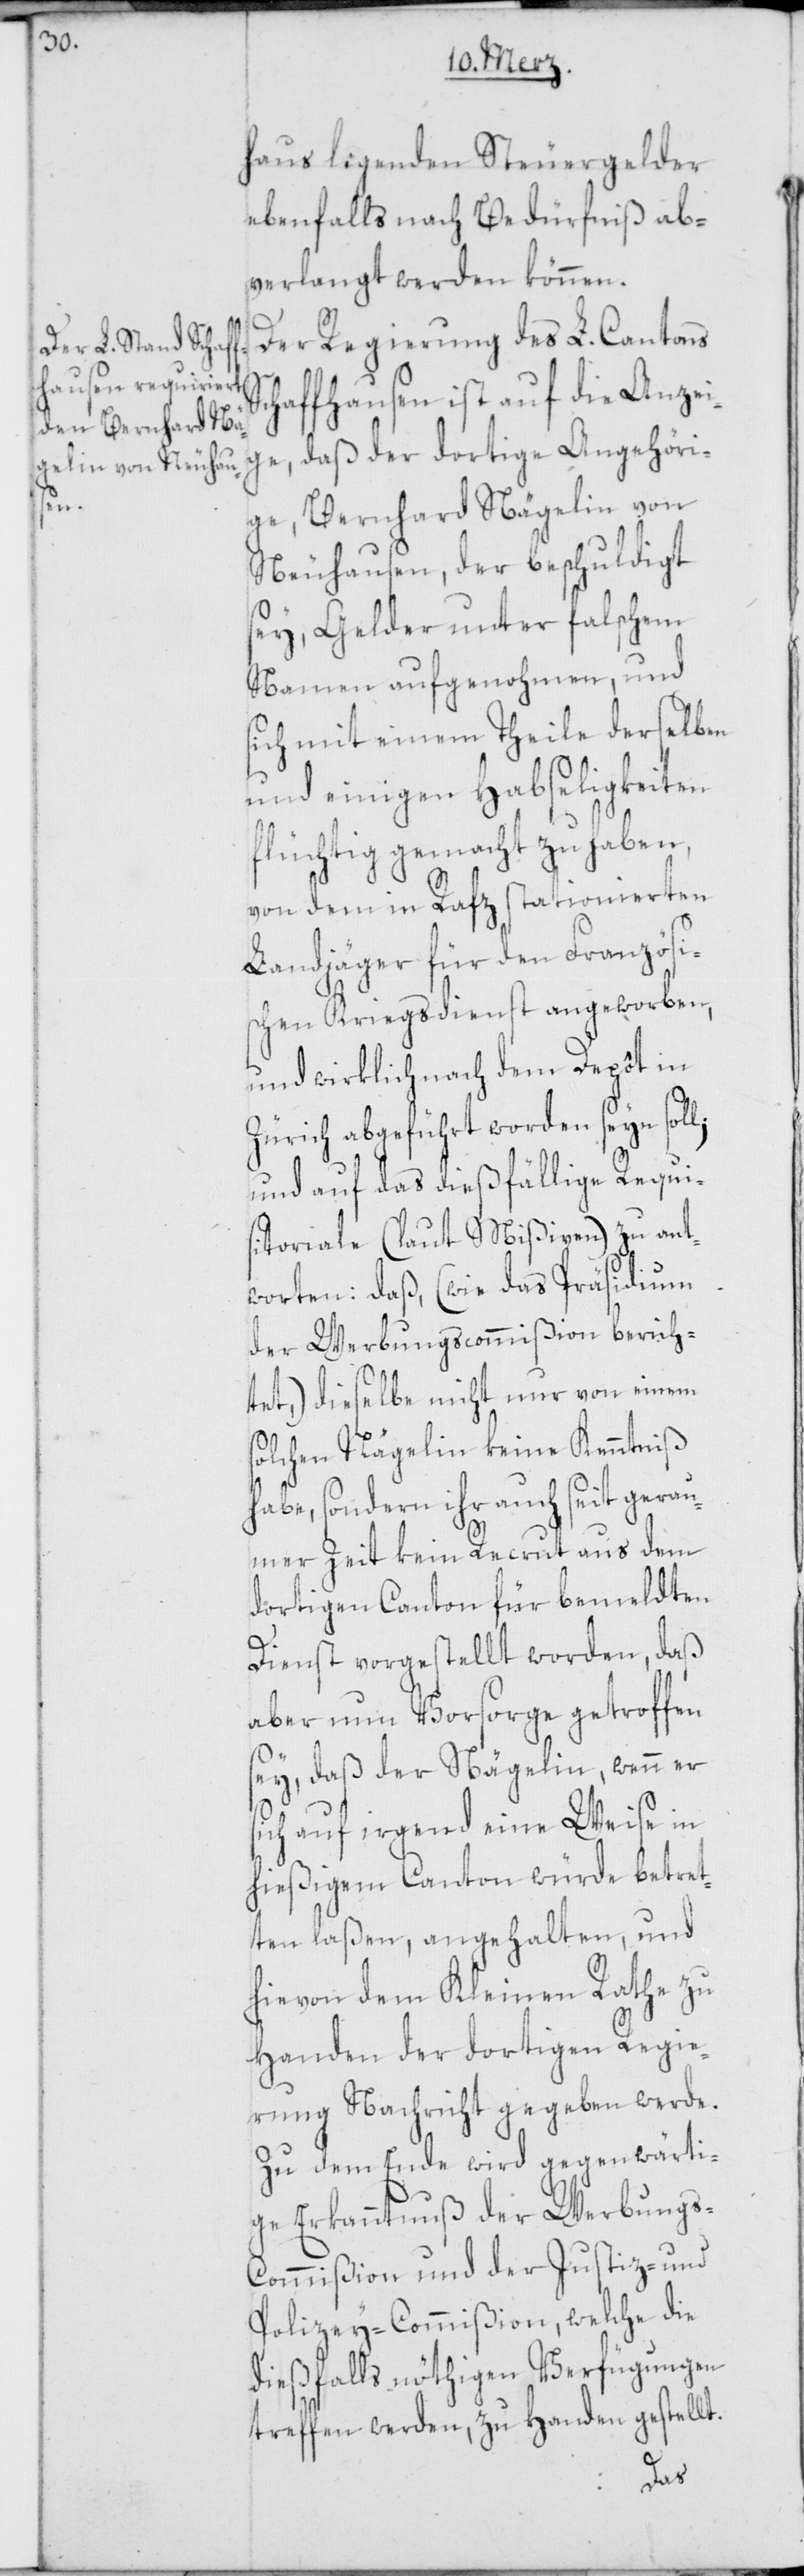
haus ligenden Steuergelder
ebenfalls nach Bedürfniß ab¬
verlangt werden können.
Der Regierung des L. Cantons
chaffhausen ist auf die Anzei¬
ge, daß der dortige Angehöri¬
ge, Bernhard Nägelin von
Neuhausen, der beschuldigt
sey, Gelder unter falschem
Namen aufgenohmen, und
sich mit einem Theile derselben
und einigen Habseligkeiten
flüchtig gemacht zu haben,
von dem in Rafz stationierten
Landjäger für den Französi¬
schen Kriegsdienst angeworben,
und wirklich nach dem Depôt in
Zürich abgeführt worden seyn soll;
und auf das dießfällige Requi¬
sitoriale (laut Mißiven) zu ant¬
worten: daß, (wie das Präsidium
der Werbungscommißion berich¬
tet,) dieselbe nicht nur von einem
solchen Nägelin keine Kenntniß
habe, sondern ihr auch seit gerau¬
mer Zeit kein Recrut aus dem
dortigen Canton für bemeldten
Dienst vorgestellt worden, daß
aber nun Vorsorge getroffen
sey, daß der Nägelin, wenn er
sich auf irgend eine Weise in
hießigem Canton würde betret¬
ten laßen, angehalten und
hievon dem Kleinen Rathe zu
Handen der dortigen Regie¬
rung Nachricht gegeben werde.
Zu dem Ende wird gegenwärti¬
ge Erkanntnuß der Werbung¬
s-Commißion und der Justiz- und
Polizey-Commißion, welche die
dießfalls nöthigen Verfügungen
treffen werden, zu Handen gestellt.
S¬